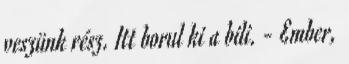
veszünk rész. Itt borul ki a bili. - Ember,